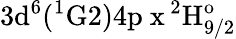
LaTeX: \mathrm{3d^{6}(^{1}G2)4p\ x\, ^{2}H_{9/2}^{o}}